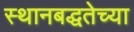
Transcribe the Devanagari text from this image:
स्थानबद्धतेच्या